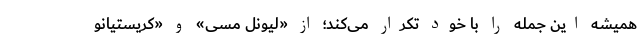
همیشه این جمله را با خود تکرار می‌کند؛ از «لیونل مسی» و «کریستیانو